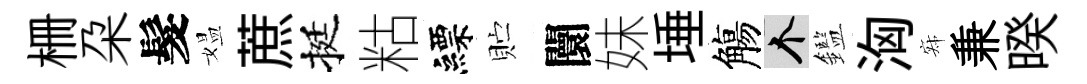
栅朶髮媪蔗挺䊀縹贮闤妹埵觴个鑑洶寂兼暌